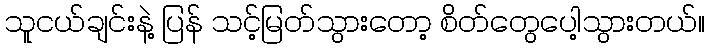
သူငယ်ချင်းနဲ့ ပြန် သင့်မြတ်သွားတော့ စိတ်တွေပေါ့သွားတယ်။